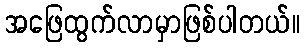
အဖြေထွက်လာမှာဖြစ်ပါတယ်။